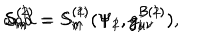
LaTeX: S _ { m } ^ { ( 1 ) } = S _ { m } ^ { ( 1 ) } ( \Psi _ { 1 } , g _ { \mu \nu } ^ { B ( 1 ) } ) \hspace { 0 . 5 c m } \mathrm { a n d } \hspace { 0 . 5 c m } S _ { m } ^ { ( 2 ) } = S _ { m } ^ { ( 2 ) } ( \Psi _ { 2 } , g _ { \mu \nu } ^ { B ( 2 ) } ) ,